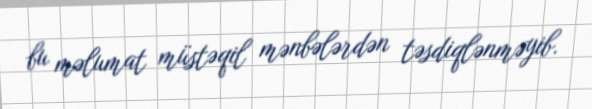
bu məlumat müstəqil mənbələrdən təsdiqlənməyib.